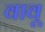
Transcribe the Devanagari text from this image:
वावू